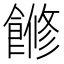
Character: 𩝧